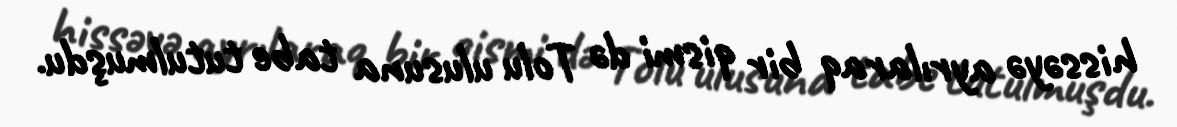
hissəyə ayrılaraq bir qismi də Tolu ulusuna tabe tutulmuşdu.